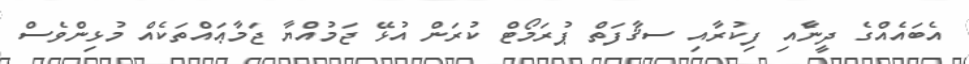
އެބައެއްގެ ދީނާެއި ފިކުރާއި ސޤާފަތް ޕުރަމޯޓް ކުރަން އުޅޭ ޖަމުއްޔާ ޖަމާޢައްތަކެއް މުޅިންވެސް